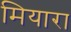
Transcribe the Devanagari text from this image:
मियारा